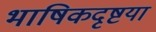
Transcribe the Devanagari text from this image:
भाषिकदृष्टया